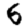
Digit: 6